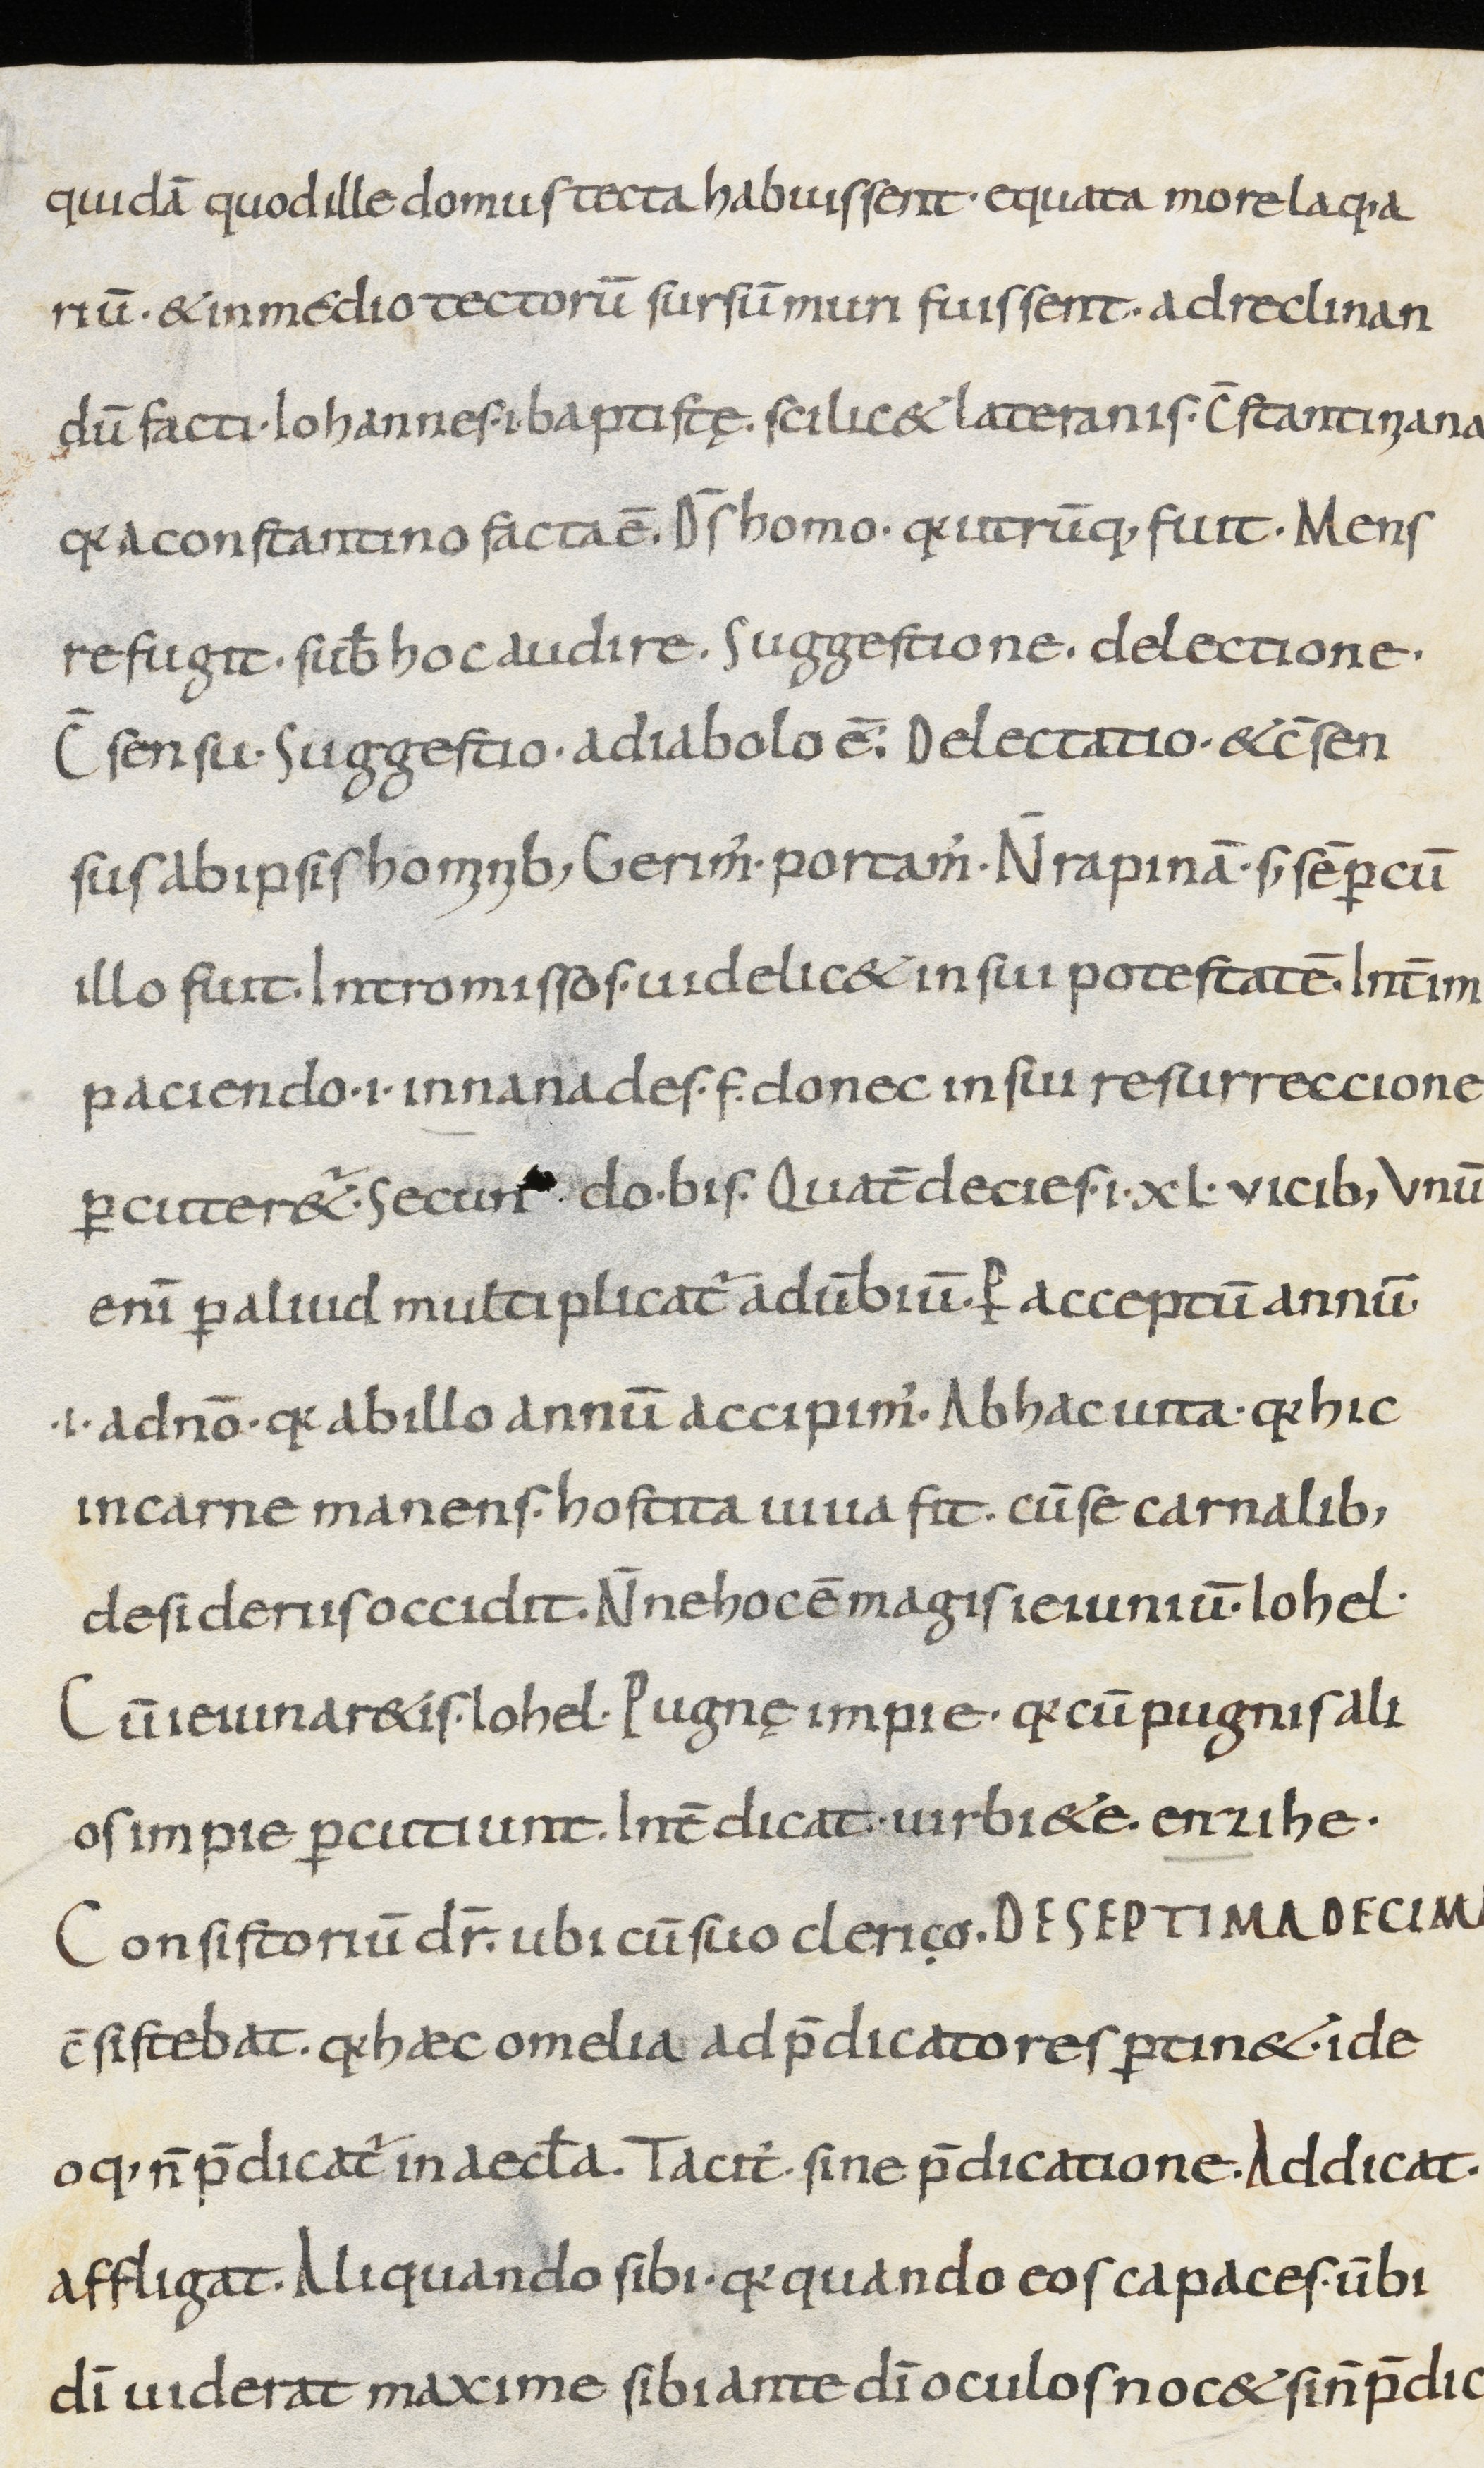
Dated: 800–999